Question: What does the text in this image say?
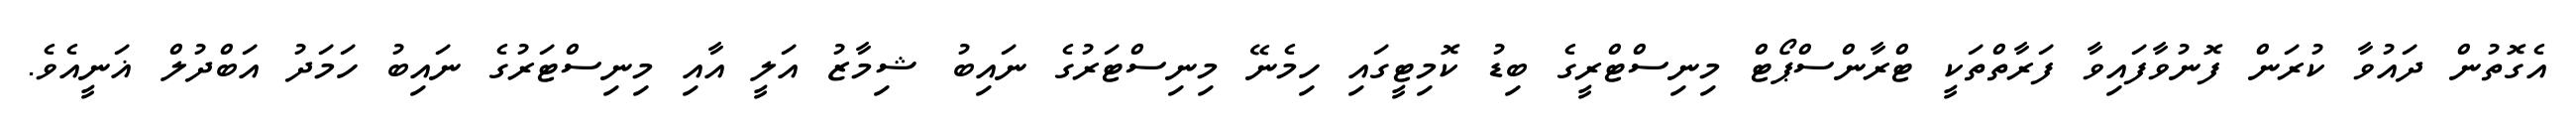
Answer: އެގޮތުން ދައުވާ ކުރަން ފޮނުވާފައިވާ ފަރާތްތަކީ ޓްރާންސްޕޯޓް މިނިސްޓްރީގެ ބިޑު ކޮމިޓީގައި ހިމެނޭ މިނިސްޓަރުގެ ނައިބު ޝިމާޒު އަލީ އާއި މިނިސްޓަރުގެ ނައިބު ހަމަދު އަބްދުލް ޣަނީއެވެ.